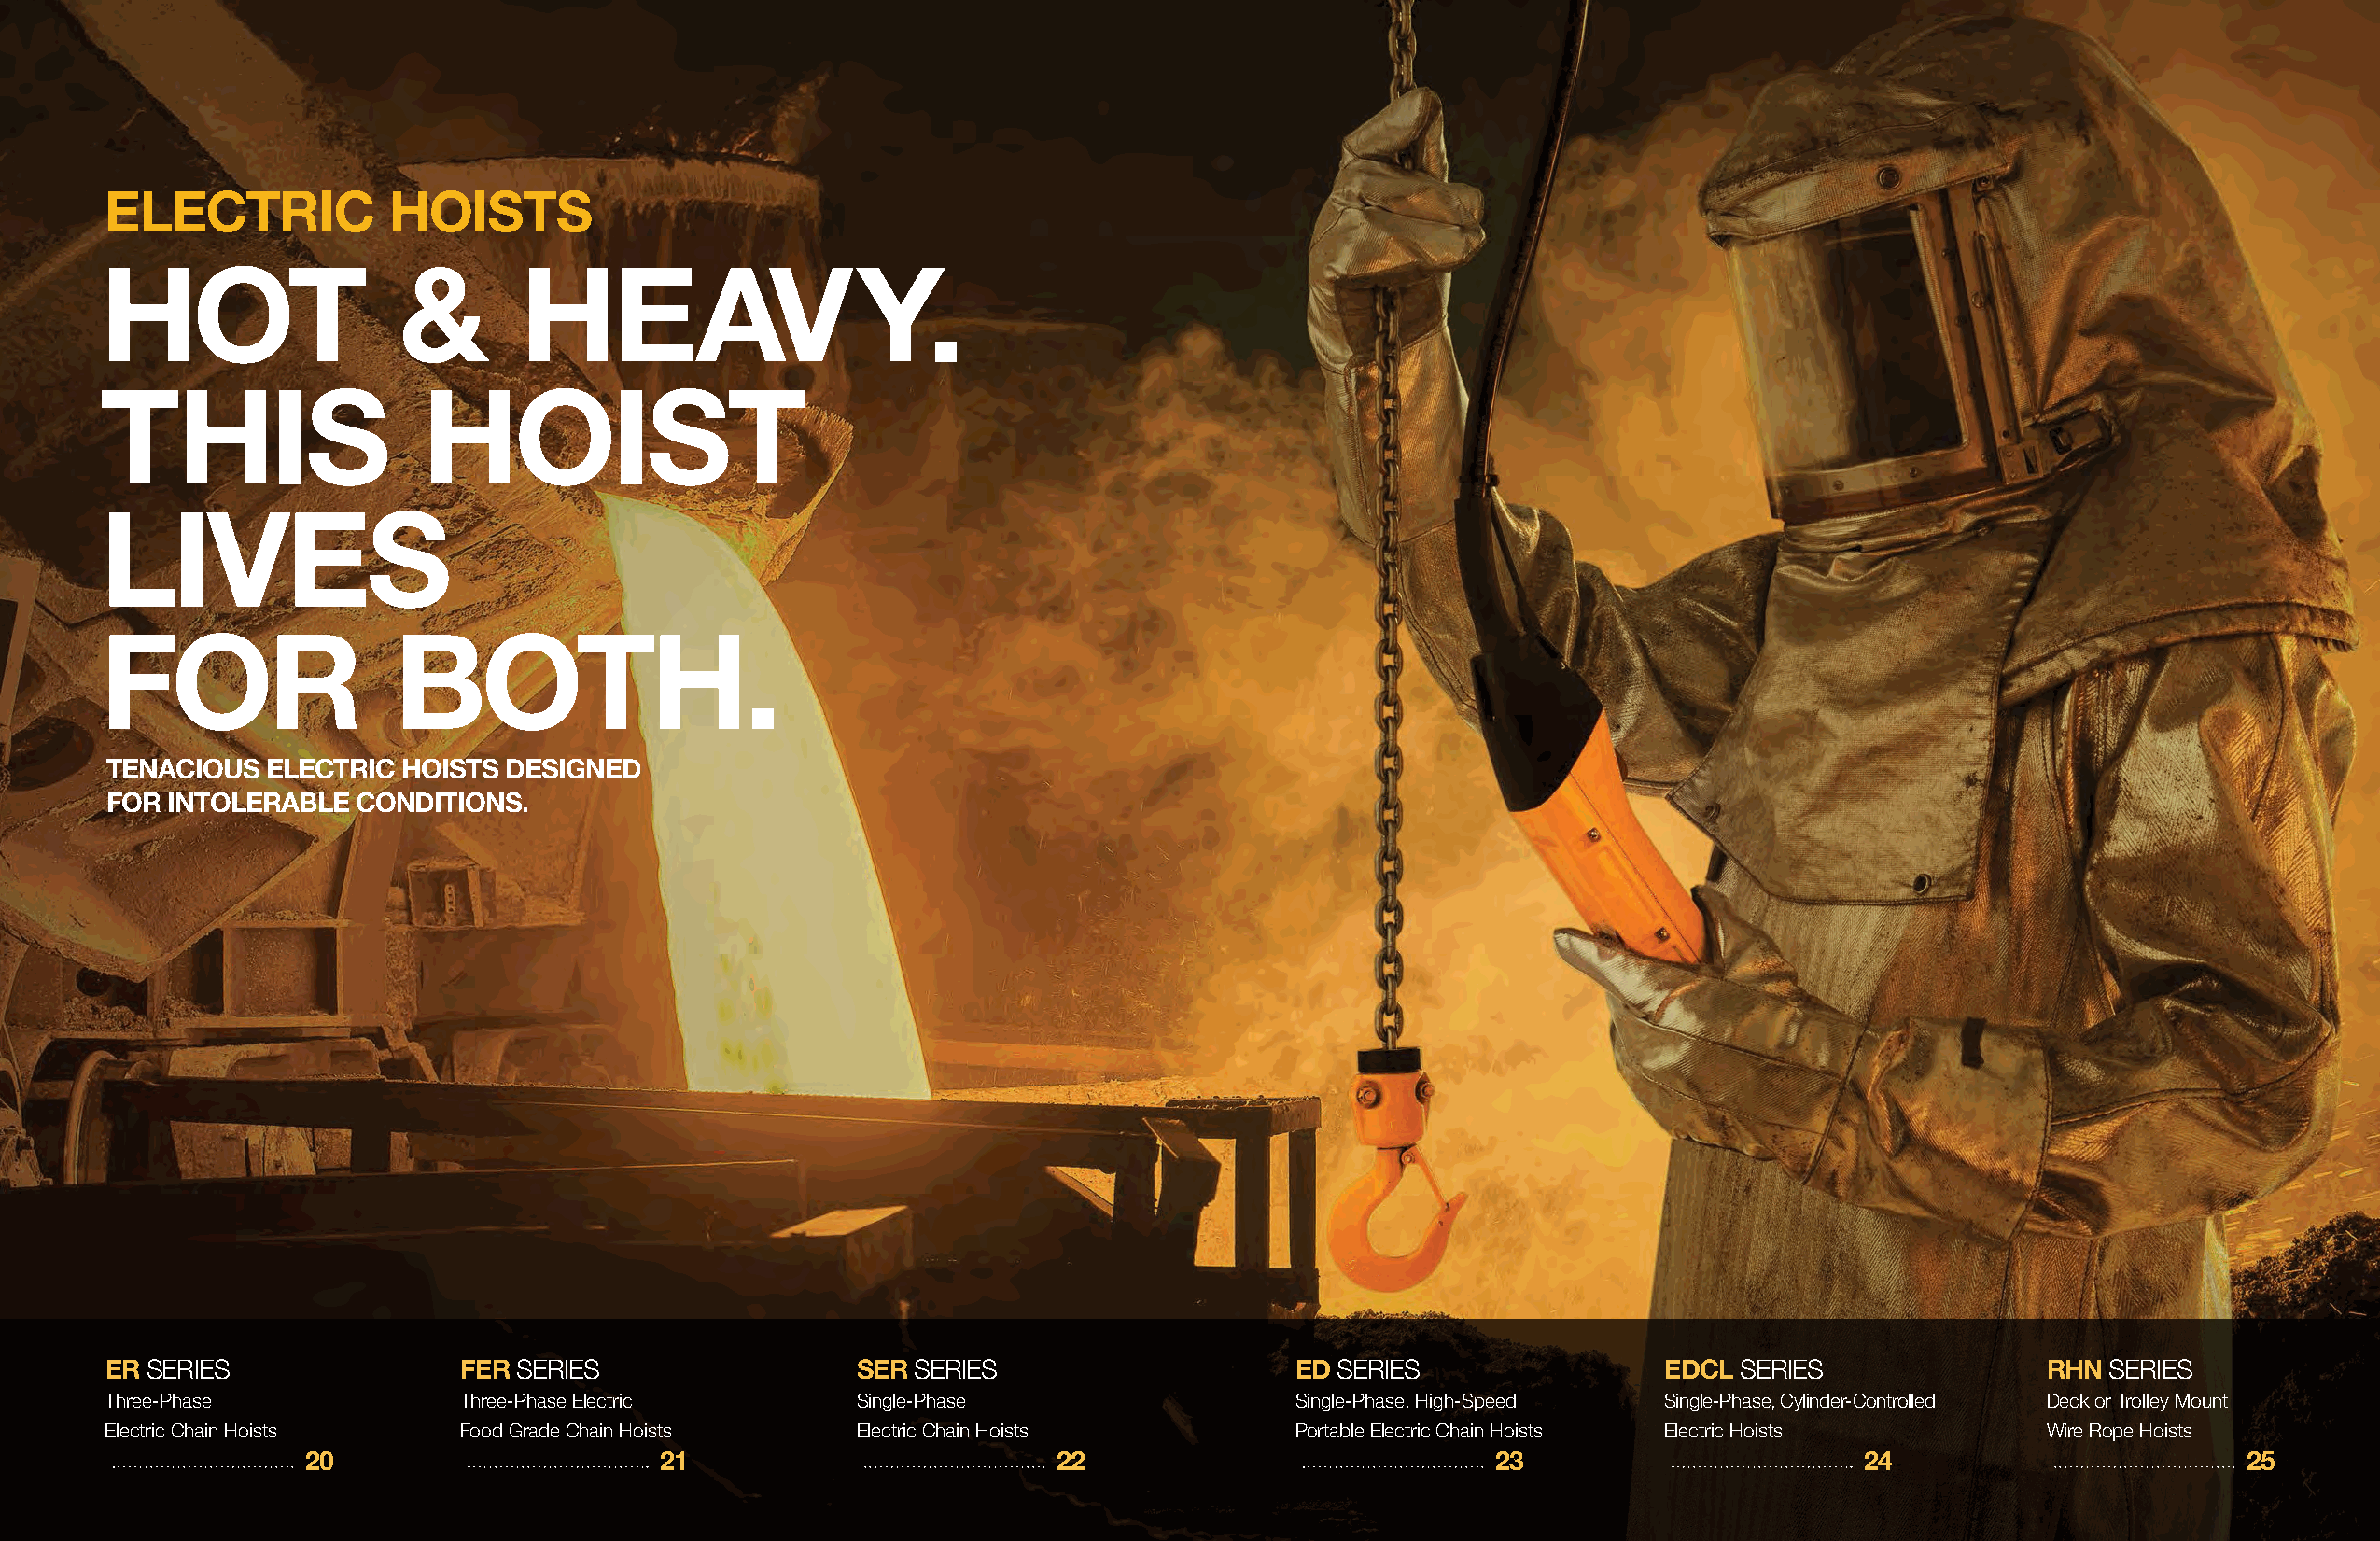
ELECTRIC             HOISTS
 HOT                  &        HEAVY.
 THIS                   HOIST
 LIVES
 FOR                  BOTH.
 TENACIOUS  ELECTRIC  HOISTS DESIGNED
 FOR INTOLERABLE  CONDITIONS.
 ER SERIES                 FER SERIES                  SER SERIES                     ED SERIES                 EDCL SERIES                RHN  SERIES
 Three-Phase               Three-Phase Electric        Single-Phase                   Single-Phase, High-Speed  Single-Phase, Cylinder-Controlled Deck or Trolley Mount
 Electric Chain Hoists     Food Grade Chain Hoists     Electric Chain Hoists          Portable Electric Chain Hoists Electric Hoists       Wire Rope Hoists
 20                       21                          22                             23                        24                         25